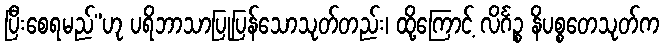
ပြီးစေရမည်”ဟု ပရိဘာသာပြုပြန်သောသုတ်တည်း၊ ထို့ကြောင့် လိင်္ဂဉ္စ နိပစ္စတေသုတ်က